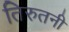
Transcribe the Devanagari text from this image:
तिरुतनी